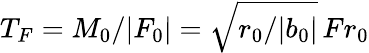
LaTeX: T_{F}=M_{0}/|F_{0}|=\sqrt{r_{0}/|b_{0}|}\, Fr_{0}